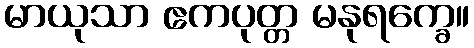
မာယုသာ ဧကပုတ္တ မနုရက္ခေ။